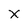
Character: x